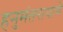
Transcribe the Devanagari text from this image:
हनुमंतरायाचे